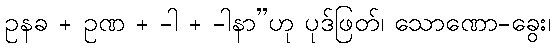
ဥနခ + ဥဏ + -ါ + -ါနာ”ဟု ပုဒ်ဖြတ်၊ သောဏော-ခွေး၊